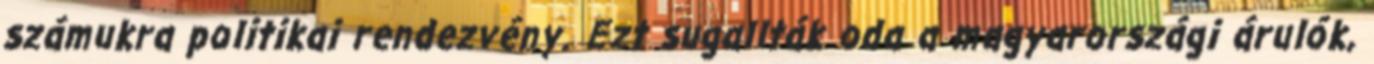
számukra politikai rendezvény. Ezt sugallták oda a magyarországi árulók,